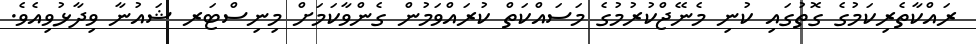
ރައްކާތެރިކަމުގެ ގޮތުގައި ކުނި މެނޭޖްކުރުމުގެ މަސައްކަތް ކުރައްވަމުން ގެންވާކަމަށް މިނިސްޓަރ ޝައުނާ ވިދާޅުވިއެވެ.